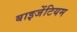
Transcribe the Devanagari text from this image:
बाइजेंटियम